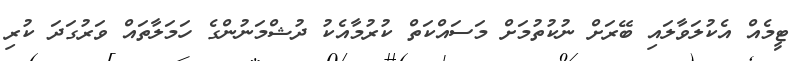
ޓީމެއް އެކުލަވާލައި ބޭރަށް ނުކުތުމަށް މަސައްކަތް ކުރުމާއެކު ދުޝްމަނުންގެ ހަމަލާތައް ވަރުގަދަ ކުރި